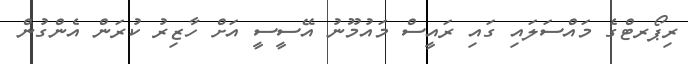
ރިޕޯރޓްގެ މައްސަލައި ގައި ރައީސް މައުމޫނު އޭސީސީ އަށް ހާޒިރު ކުރަން އެންގުން